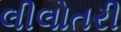
લીલોતરી